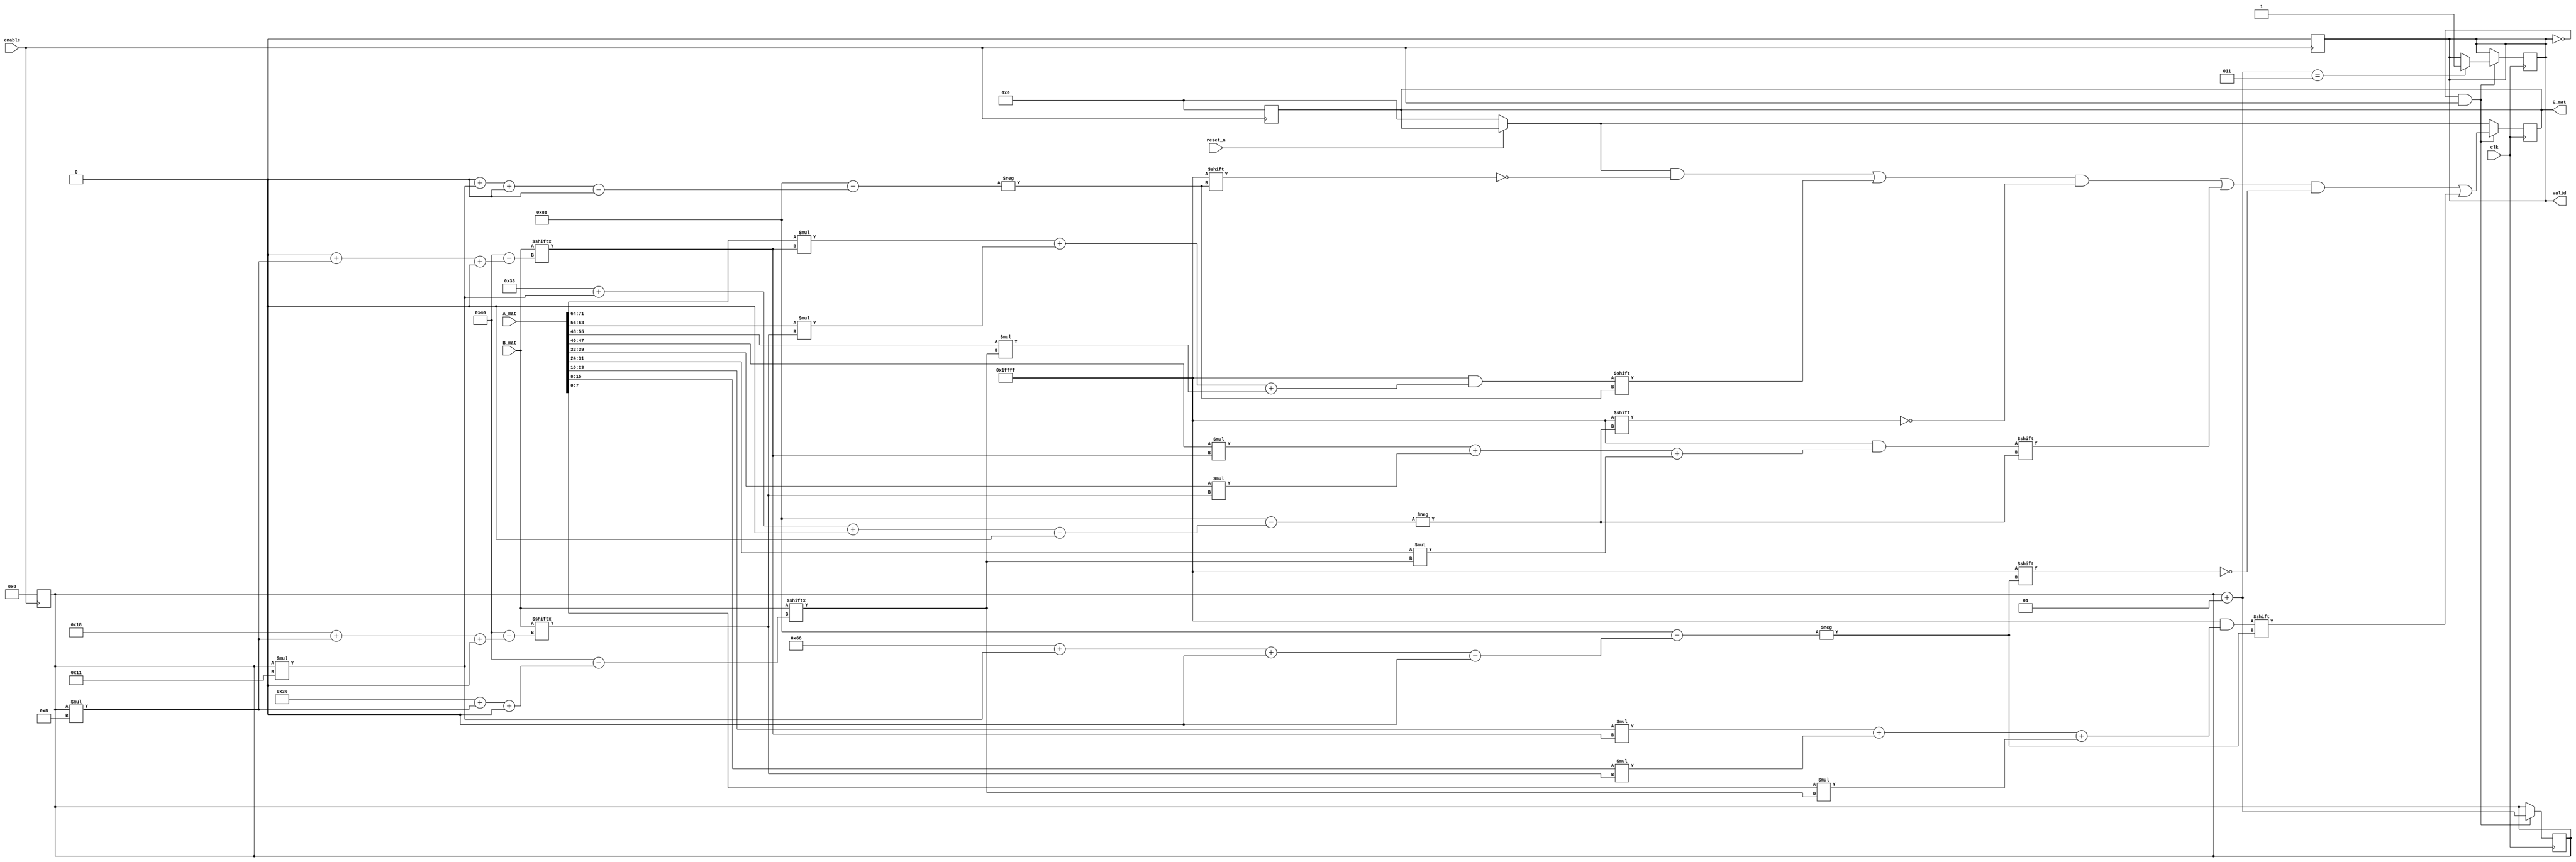
`timescale 1ns / 1ps
//////////////////////////////////////////////////////////////////////////////////
// Company: 
// Engineer: 
// 
// Design Name: 
// Module Name: mmult
// Project Name: 
// Target Devices: 
// Tool Versions: 
// Description: 
// 
// Dependencies: 
// 
// Revision:
// Revision 0.01 - File Created
// Additional Comments:
// 
//////////////////////////////////////////////////////////////////////////////////

module mmult(
    input clk, // Clock signal.
    input reset_n, // Reset signal (negative logic).
    input enable, // Activation signal for matrix
    // multiplication (tells the circuit
    // that A and B are ready for use).
    input [0:9*8-1] A_mat, // A matrix.
    input [0:9*8-1] B_mat, // B matrix.
    output valid, // Signals that the output is valid
    // to read.
    output reg [0:9*17-1] C_mat // The result of A x B.
);

//reg mltpr_enable = 0;
reg [0:9*8-1]A_in ;
reg [0:9*8-1]B_in ; 

reg  complete;
integer col_idx;
assign valid = complete;

always @(posedge enable) begin
    complete <= 0;
    col_idx <= 0;
    C_mat <=0;
end
always @(posedge clk) begin
    if (~reset_n)begin
        col_idx <= 0;
        C_mat <=0;
    end
   
    if (!valid && enable) begin
        C_mat[(0*3*17+col_idx*17)+:17] <= A_mat[(0*8)+:8]*B_mat[(0*3*8+col_idx*8)+:8]
                                                                  + A_mat[(1*8)+:8]*B_mat[(1*3*8+col_idx*8)+:8]
                                                                  + A_mat[(2*8)+:8]*B_mat[(2*3*8+col_idx*8)+:8];
        C_mat[(1*3*17+col_idx*17)+:17] <= A_mat[(24+0*8)+:8]*B_mat[(0*3*8+col_idx*8)+:8]
                                                                  + A_mat[(24+1*8)+:8]*B_mat[(1*3*8+col_idx*8)+:8]
                                                                  + A_mat[(24+2*8)+:8]*B_mat[(2*3*8+col_idx*8)+:8];
        C_mat[(2*3*17+col_idx*17)+:17] <= A_mat[(48+0*8)+:8]*B_mat[(0*3*8+col_idx*8)+:8]
                                                                  + A_mat[(48+1*8)+:8]*B_mat[(1*3*8+col_idx*8)+:8]
                                                                  + A_mat[(48+2*8)+:8]*B_mat[(2*3*8+col_idx*8)+:8];
        col_idx = col_idx +1;
        if(col_idx == 3)begin
            complete = 1;
         end
    end
end

endmodule